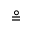
\circeq